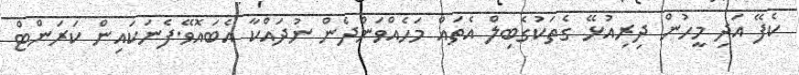
ކެފޭ އަދި މީހުން ދިރިއުޅޭ ގެތަކުގެބިލް އެތައް މަހެއްވަންދެން ނުދައްކާ އެބައޮވޭ.ފެނަކައިން ކަރަންޓް